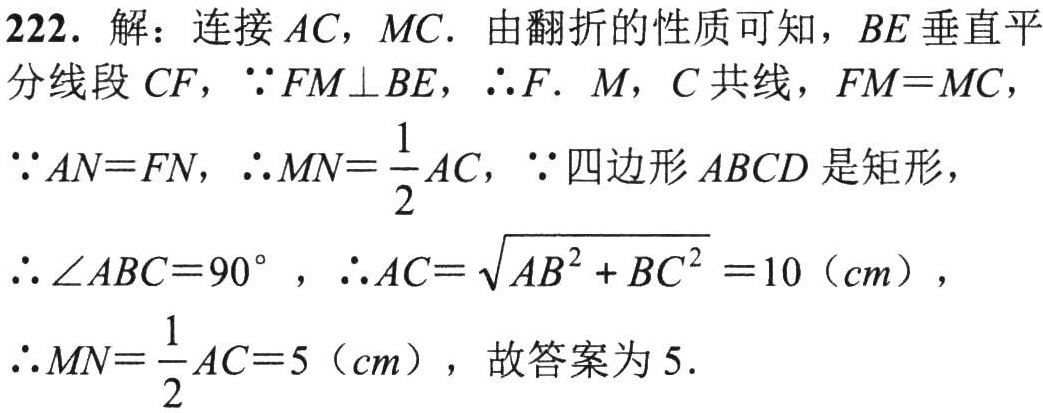
222. 解：连接\(AC\)，\(MC\). 由翻折的性质可知，\(BE\)垂直平
分线段\(CF\)，\(\because FM\perp BE\)，\(\therefore F.\ M\)，\(C\)共线，\(FM = MC\)，
\(\because AN = FN\)，\(\therefore MN=\dfrac{1}{2}AC\)，\(\because\)四边形\(ABCD\)是矩形，
\(\therefore\angle ABC = 90^{\circ}\)，\(\therefore AC=\sqrt{AB^{2}+BC^{2}} = 10\)（\(cm\)），
\(\therefore MN=\dfrac{1}{2}AC = 5\)（\(cm\)），故答案为\(5\).